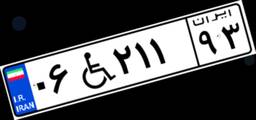
۰۶W۲۱۱۹۳